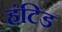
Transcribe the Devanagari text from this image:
हंटिड